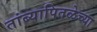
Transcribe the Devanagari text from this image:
तांब्यापितळेच्या